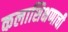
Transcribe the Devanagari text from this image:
कलाशिक्षणाची